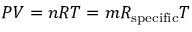
P V = n R T = m R _ { \mathrm { { s p e c i f i c } } } T